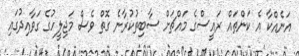
އަނެއްކާ އެ ކަންތައް ރައީސްގެ މައްޗަށް ސާބިތުކުރާނެ ގޮތް ވެސް މަޖިލީހުގެ ގަވާއިދުގައި